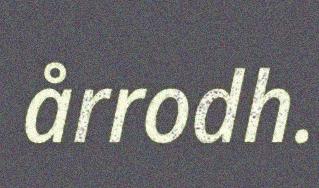
årrodh.